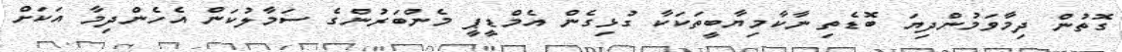
ގޮތުން ދިމާވަމުންދިޔަ ބޮޑެތި ނާކާމިޔާބީތަކަކާ ގުޅިގެން އެމްޑީޕީ މެންބަރުންގެ ސަމާލުކަން އެހެންދިމާ އަކަށް